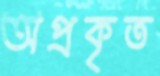
অপ্রকৃত